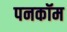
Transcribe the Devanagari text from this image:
पनकॉम